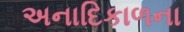
અનાદિકાળના